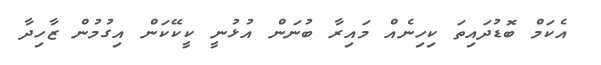
އެކަމް ބޮޑުދައިތަ ކިހިނެއް މައިރާ ބުނަން އުޅުނީ ކީކޭކަން އިގުމުން ޒާހިދާ